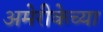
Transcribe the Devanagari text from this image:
अमेरीकेच्या